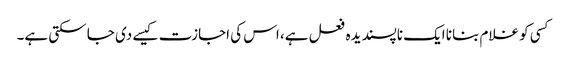
کسی کو غلام بنانا ایک ناپسندیدہ فعل ہے، اس کی اجازت کیسے دی جا سکتی ہے۔